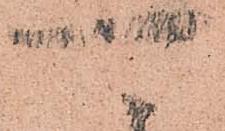
可